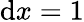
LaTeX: \mathrm{d}x=1